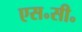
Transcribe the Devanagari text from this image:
एस॰सी॰